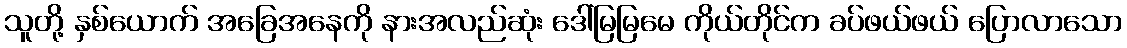
သူတို့ နှစ်ယောက် အခြေအနေကို နားအလည်ဆုံး ဒေါ်မြမြမေ ကိုယ်တိုင်က ခပ်ဖယ်ဖယ် ပြောလာသော